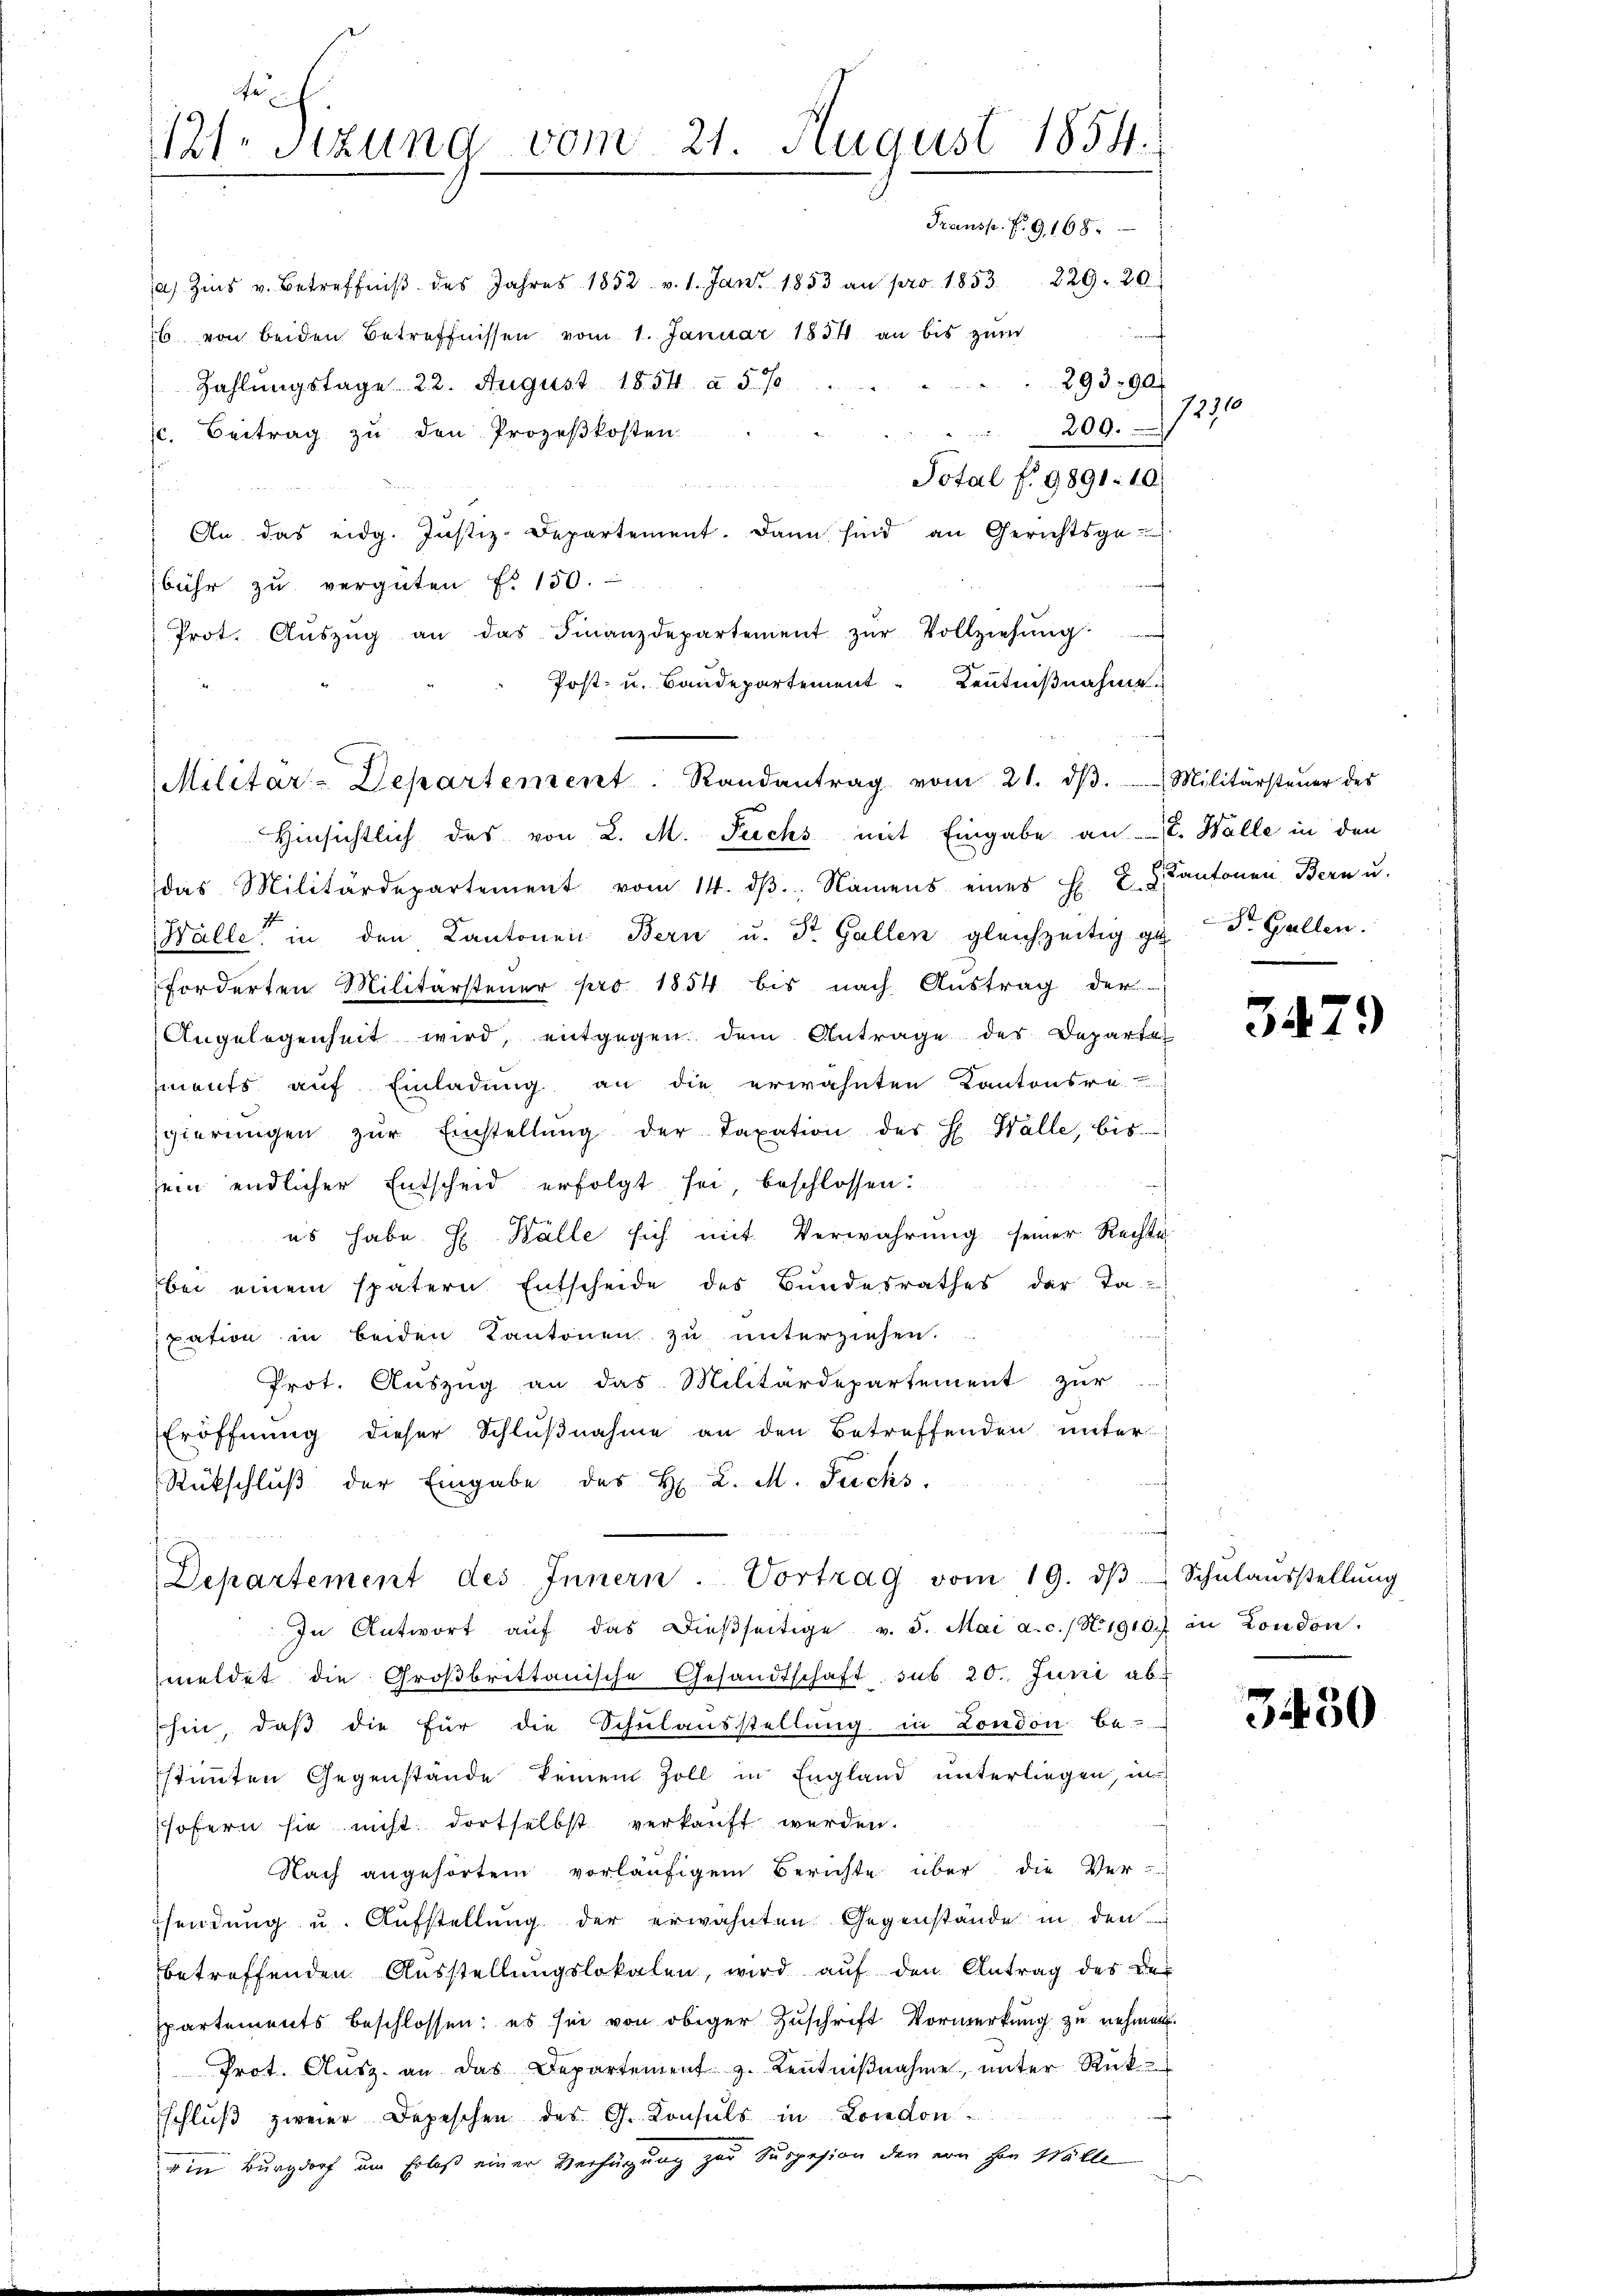
6 von beiden Betreffnissen vom 1. Januar 1834 an bis zŭm
293790.
Zahlungstage 22. August 1854 à 5 %
209.
c. Beitrag zu den Prozeßkosten
Total f. 9891: 10.
u
An das eidg. Justiz-Departement. Dann sind an Gerichtsge-
bühr zu vergüten f. 150.
f
Prot. Aŭszŭg an das Finanzdepartement zŭr Vollziehŭng
Post- u. Baudepartement Kenntnißnahme

e
121. Sitzung vom 21. August 1854.
Transp. F. G,168.
a Zins v. Betreffniβ des Jahres 1852 v. 1. Jan. 1853 an pro 1853. 229. 20.

Militar-Departement. Randantrag vom 21. dβ. Militärsteŭer des

Hinsichtlich des von L. M. Fuchs mit Eingabe an E. Walle in den
das Militärdepartement vom 14. dβ, Namens eines H. E. L. Kantonen Bern u.
Wälle in den Kantonen Bern u. St. Gallen gleichzeitig zu St. Gallen.
forderten Militärsteuer pro 1854 bis nach Austrag der
Angelegenheit wird, entgegen dem Antrage des Departe
ments auf Einladung an die erwähnten Kantonsre
sgierŭngen zŭr Einstellŭng der Taxation des H. Wälle, bis
ein endlicher Entscheid erfolgt sei, beschlossen:
es habe H. Halle sich mit Verwahrung seiner Rechte
bei einem spätern Entscheide des Bundesrathes der Ta-
xation in beiden Kantonen zu unterziehen.
Prot. Auszug an das Militärdepartement zur
Eröffnung dieser Schlußnahme an den Betreffenden unter¬
Rückschlŭβ der Eingabe des H. L. M. Fuchs.
Departement des Innern. Vortrag vom 19. dβ Schŭlaŭsstellŭng
In Antwort aŭf das dieβseitige v. 5. Mai a.c. (Nigic in London.
meldet die Großbrittanische Gesandtschaft sub 20. Juni ab-
shin, daß die für die Schulausstellung in London be-
stimmten Gegenstände keinem Zoll in England unterliegen, in
sofern sie nicht dortselbst verkauft werden.
Nach angehörtem vorläufigem Berichte über die Ver-
sendung u. Aufstellung der erwähnten Gegenstände in den
betreffenden Ausstellungslokalen, wird auf den Antrag des Despartements beschlossen: es sei von obiger Zuschrift Vormerkung zu nehmen.
Prot. Aŭsz. an das Departement z. Keṅtniβnahme, unter Rück-
Eschluß zweier Depeschen des G. Konsuls in London
r in Burgdorf um Erlaß einer Verfügung zur Suppesion der von her Wälle

1290

3479

3450